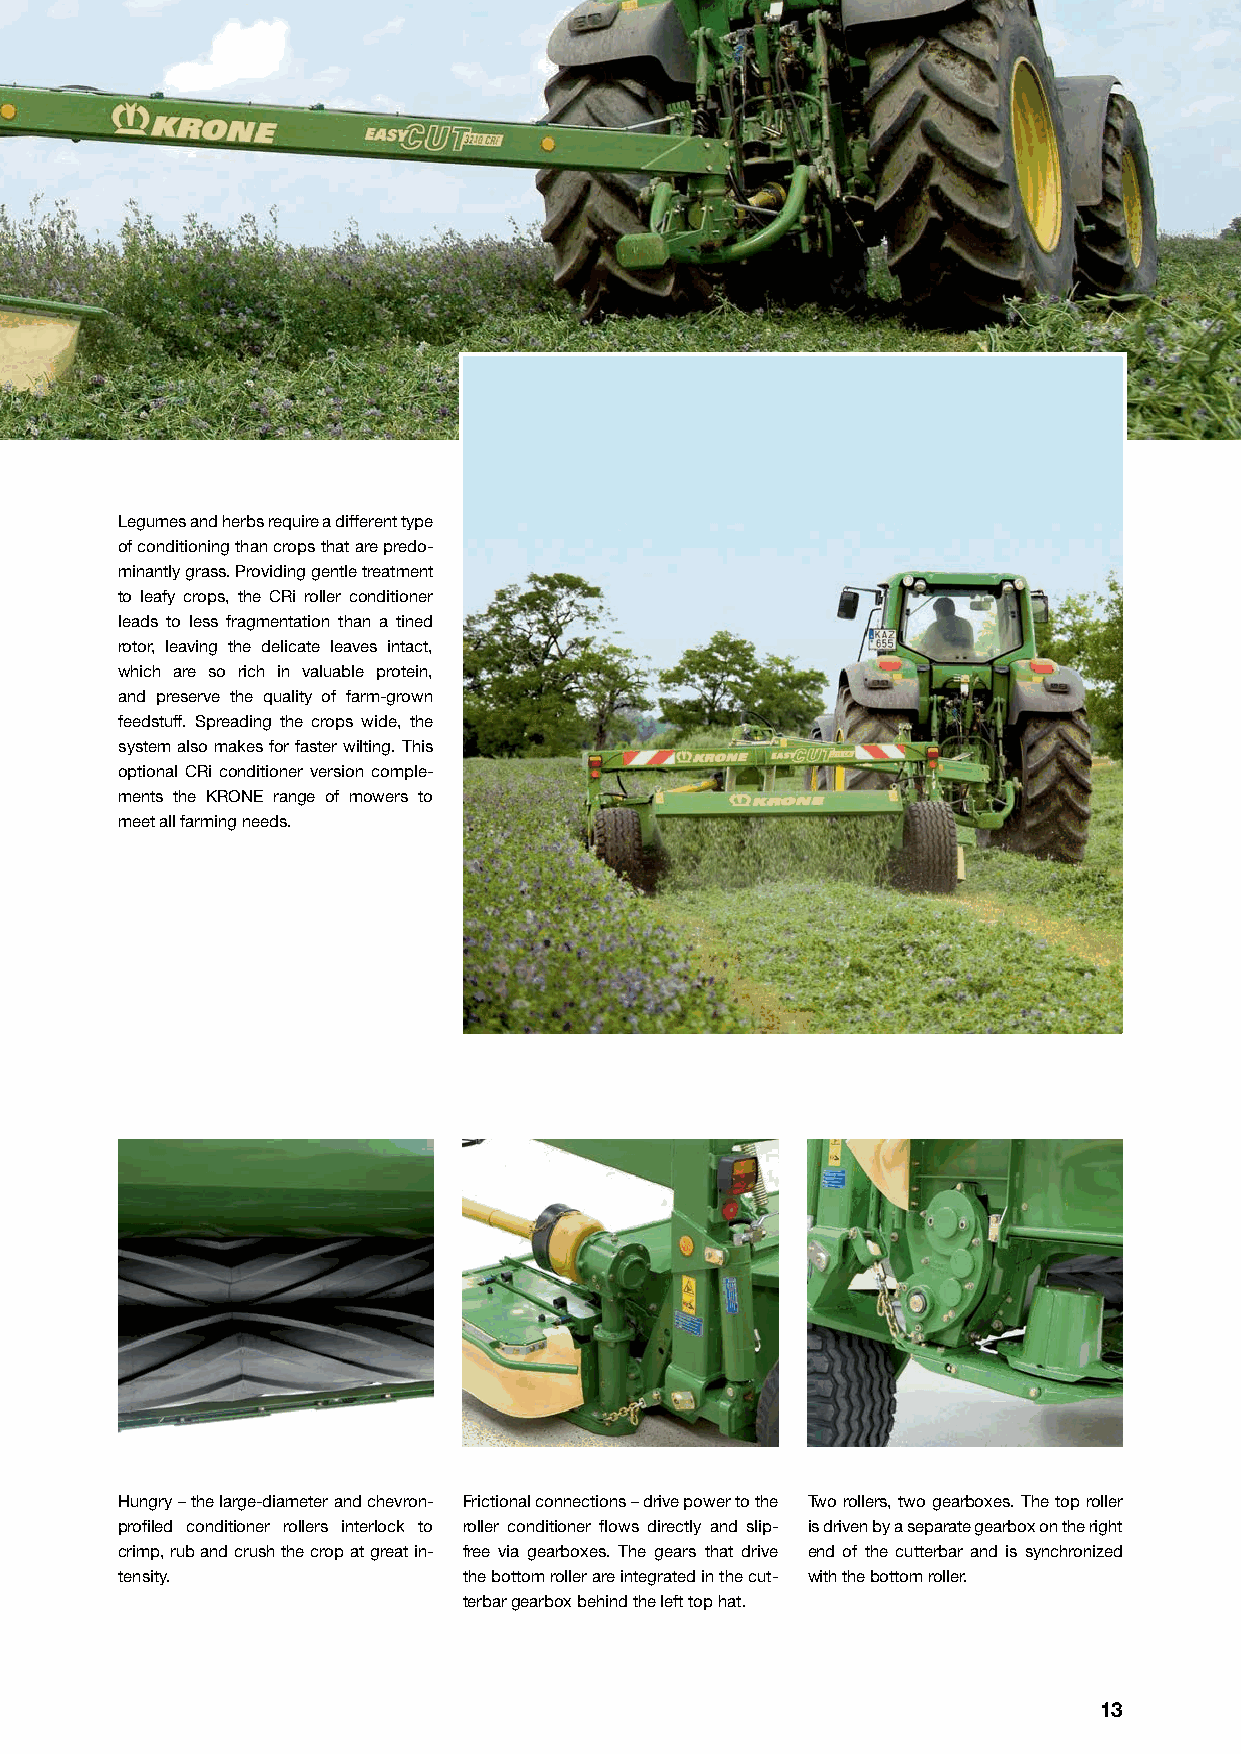
Legumes and herbs require a different type
 of conditioning than crops that are predo-
 minantly grass. Providing gentle treatment
 to leafy crops, the CRi roller conditioner
 leads to less fragmentation than a tined
 rotor, leaving the delicate leaves intact,
 which are so rich in valuable protein,
 and preserve the quality of farm-grown
 feedstuff. Spreading the crops wide, the
 system also makes for faster wilting. This
 optional CRi conditioner version comple-
 ments the KRONE range of mowers to
 meet all farming needs.
 m
 Ø !
 2 5
 c
 Hungry – the large-diameter and chevron- Frictional connections – drive power to the Two rollers, two gearboxes. The top roller
 profiled conditioner rollers interlock to roller conditioner flows directly and slip- is driven by a separate gearbox on the right
 crimp, rub and crush the crop at great in- free via gearboxes. The gears that drive end of the cutterbar and is synchronized
 tensity.               the bottom roller are integrated in the cut- with the bottom roller.
 terbar gearbox behind the left top hat.
 13